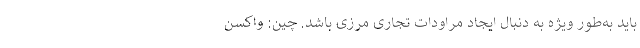
باید به‌طور ویژه به دنبال ایجاد مراودات تجاری مرزی باشد. چین: واکسن